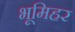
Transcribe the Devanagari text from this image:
भूमिहर